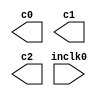
// megafunction wizard: %ALTPLL%VBB%
// GENERATION: STANDARD
// VERSION: WM1.0
// MODULE: altpll 

// ============================================================
// Megafunction Name(s):
// 			altpll
//
// Simulation Library Files(s):
// 			altera_mf
// ============================================================
// ************************************************************
// THIS IS A WIZARD-GENERATED FILE. DO NOT EDIT THIS FILE!
//
// 13.0.1 Build 232 06/12/2013 SP 1 SJ Web Edition
// ************************************************************

//Copyright (C) 1991-2013 Altera Corporation
//Your use of Altera Corporation's design tools, logic functions 
//and other software and tools, and its AMPP partner logic 
//functions, and any output files from any of the foregoing 
//(including device programming or simulation files), and any 
//associated documentation or information are expressly subject 
//to the terms and conditions of the Altera Program License 
//Subscription Agreement, Altera MegaCore Function License 
//Agreement, or other applicable license agreement, including, 
//without limitation, that your use is for the sole purpose of 
//programming logic devices manufactured by Altera and sold by 
//Altera or its authorized distributors.  Please refer to the 
//applicable agreement for further details.

module altpll_masterclk (
	inclk0,
	c0,
	c1,
	c2);

	input	  inclk0;
	output	  c0;
	output	  c1;
	output	  c2;

endmodule

// ============================================================
// CNX file retrieval info
// ============================================================
// Retrieval info: PRIVATE: ACTIVECLK_CHECK STRING "0"
// Retrieval info: PRIVATE: BANDWIDTH STRING "1.000"
// Retrieval info: PRIVATE: BANDWIDTH_FEATURE_ENABLED STRING "0"
// Retrieval info: PRIVATE: BANDWIDTH_FREQ_UNIT STRING "MHz"
// Retrieval info: PRIVATE: BANDWIDTH_PRESET STRING "Low"
// Retrieval info: PRIVATE: BANDWIDTH_USE_AUTO STRING "1"
// Retrieval info: PRIVATE: BANDWIDTH_USE_CUSTOM STRING "0"
// Retrieval info: PRIVATE: BANDWIDTH_USE_PRESET STRING "0"
// Retrieval info: PRIVATE: CLKBAD_SWITCHOVER_CHECK STRING "0"
// Retrieval info: PRIVATE: CLKLOSS_CHECK STRING "0"
// Retrieval info: PRIVATE: CLKSWITCH_CHECK STRING "1"
// Retrieval info: PRIVATE: CNX_NO_COMPENSATE_RADIO STRING "0"
// Retrieval info: PRIVATE: CREATE_CLKBAD_CHECK STRING "0"
// Retrieval info: PRIVATE: CREATE_INCLK1_CHECK STRING "0"
// Retrieval info: PRIVATE: CUR_DEDICATED_CLK STRING "c0"
// Retrieval info: PRIVATE: CUR_FBIN_CLK STRING "c0"
// Retrieval info: PRIVATE: DEVICE_SPEED_GRADE STRING "Any"
// Retrieval info: PRIVATE: DIV_FACTOR0 NUMERIC "1"
// Retrieval info: PRIVATE: DIV_FACTOR1 NUMERIC "1"
// Retrieval info: PRIVATE: DIV_FACTOR2 NUMERIC "1"
// Retrieval info: PRIVATE: DUTY_CYCLE0 STRING "50.00000000"
// Retrieval info: PRIVATE: DUTY_CYCLE1 STRING "50.00000000"
// Retrieval info: PRIVATE: DUTY_CYCLE2 STRING "50.00000000"
// Retrieval info: PRIVATE: EFF_OUTPUT_FREQ_VALUE0 STRING "27.000000"
// Retrieval info: PRIVATE: EFF_OUTPUT_FREQ_VALUE1 STRING "135.000000"
// Retrieval info: PRIVATE: EFF_OUTPUT_FREQ_VALUE2 STRING "135.000000"
// Retrieval info: PRIVATE: EXPLICIT_SWITCHOVER_COUNTER STRING "0"
// Retrieval info: PRIVATE: EXT_FEEDBACK_RADIO STRING "0"
// Retrieval info: PRIVATE: GLOCKED_COUNTER_EDIT_CHANGED STRING "1"
// Retrieval info: PRIVATE: GLOCKED_FEATURE_ENABLED STRING "1"
// Retrieval info: PRIVATE: GLOCKED_MODE_CHECK STRING "0"
// Retrieval info: PRIVATE: GLOCK_COUNTER_EDIT NUMERIC "1048575"
// Retrieval info: PRIVATE: HAS_MANUAL_SWITCHOVER STRING "1"
// Retrieval info: PRIVATE: INCLK0_FREQ_EDIT STRING "50.000"
// Retrieval info: PRIVATE: INCLK0_FREQ_UNIT_COMBO STRING "MHz"
// Retrieval info: PRIVATE: INCLK1_FREQ_EDIT STRING "100.000"
// Retrieval info: PRIVATE: INCLK1_FREQ_EDIT_CHANGED STRING "1"
// Retrieval info: PRIVATE: INCLK1_FREQ_UNIT_CHANGED STRING "1"
// Retrieval info: PRIVATE: INCLK1_FREQ_UNIT_COMBO STRING "MHz"
// Retrieval info: PRIVATE: INTENDED_DEVICE_FAMILY STRING "Cyclone II"
// Retrieval info: PRIVATE: INT_FEEDBACK__MODE_RADIO STRING "1"
// Retrieval info: PRIVATE: LOCKED_OUTPUT_CHECK STRING "0"
// Retrieval info: PRIVATE: LONG_SCAN_RADIO STRING "1"
// Retrieval info: PRIVATE: LVDS_MODE_DATA_RATE STRING "Not Available"
// Retrieval info: PRIVATE: LVDS_MODE_DATA_RATE_DIRTY NUMERIC "0"
// Retrieval info: PRIVATE: LVDS_PHASE_SHIFT_UNIT0 STRING "deg"
// Retrieval info: PRIVATE: LVDS_PHASE_SHIFT_UNIT1 STRING "ps"
// Retrieval info: PRIVATE: LVDS_PHASE_SHIFT_UNIT2 STRING "ps"
// Retrieval info: PRIVATE: MIG_DEVICE_SPEED_GRADE STRING "Any"
// Retrieval info: PRIVATE: MIRROR_CLK0 STRING "0"
// Retrieval info: PRIVATE: MIRROR_CLK1 STRING "0"
// Retrieval info: PRIVATE: MIRROR_CLK2 STRING "0"
// Retrieval info: PRIVATE: MULT_FACTOR0 NUMERIC "1"
// Retrieval info: PRIVATE: MULT_FACTOR1 NUMERIC "1"
// Retrieval info: PRIVATE: MULT_FACTOR2 NUMERIC "1"
// Retrieval info: PRIVATE: NORMAL_MODE_RADIO STRING "1"
// Retrieval info: PRIVATE: OUTPUT_FREQ0 STRING "27.00000000"
// Retrieval info: PRIVATE: OUTPUT_FREQ1 STRING "135.00000000"
// Retrieval info: PRIVATE: OUTPUT_FREQ2 STRING "135.00000000"
// Retrieval info: PRIVATE: OUTPUT_FREQ_MODE0 STRING "1"
// Retrieval info: PRIVATE: OUTPUT_FREQ_MODE1 STRING "1"
// Retrieval info: PRIVATE: OUTPUT_FREQ_MODE2 STRING "1"
// Retrieval info: PRIVATE: OUTPUT_FREQ_UNIT0 STRING "MHz"
// Retrieval info: PRIVATE: OUTPUT_FREQ_UNIT1 STRING "MHz"
// Retrieval info: PRIVATE: OUTPUT_FREQ_UNIT2 STRING "MHz"
// Retrieval info: PRIVATE: PHASE_RECONFIG_FEATURE_ENABLED STRING "0"
// Retrieval info: PRIVATE: PHASE_RECONFIG_INPUTS_CHECK STRING "0"
// Retrieval info: PRIVATE: PHASE_SHIFT0 STRING "0.00000000"
// Retrieval info: PRIVATE: PHASE_SHIFT1 STRING "0.00000000"
// Retrieval info: PRIVATE: PHASE_SHIFT2 STRING "90.00000000"
// Retrieval info: PRIVATE: PHASE_SHIFT_STEP_ENABLED_CHECK STRING "0"
// Retrieval info: PRIVATE: PHASE_SHIFT_UNIT0 STRING "deg"
// Retrieval info: PRIVATE: PHASE_SHIFT_UNIT1 STRING "deg"
// Retrieval info: PRIVATE: PHASE_SHIFT_UNIT2 STRING "deg"
// Retrieval info: PRIVATE: PLL_ADVANCED_PARAM_CHECK STRING "0"
// Retrieval info: PRIVATE: PLL_ARESET_CHECK STRING "0"
// Retrieval info: PRIVATE: PLL_AUTOPLL_CHECK NUMERIC "1"
// Retrieval info: PRIVATE: PLL_ENA_CHECK STRING "0"
// Retrieval info: PRIVATE: PLL_ENHPLL_CHECK NUMERIC "0"
// Retrieval info: PRIVATE: PLL_FASTPLL_CHECK NUMERIC "0"
// Retrieval info: PRIVATE: PLL_FBMIMIC_CHECK STRING "0"
// Retrieval info: PRIVATE: PLL_LVDS_PLL_CHECK NUMERIC "0"
// Retrieval info: PRIVATE: PLL_PFDENA_CHECK STRING "0"
// Retrieval info: PRIVATE: PLL_TARGET_HARCOPY_CHECK NUMERIC "0"
// Retrieval info: PRIVATE: PRIMARY_CLK_COMBO STRING "inclk0"
// Retrieval info: PRIVATE: RECONFIG_FILE STRING "altpll_masterclk.mif"
// Retrieval info: PRIVATE: SACN_INPUTS_CHECK STRING "0"
// Retrieval info: PRIVATE: SCAN_FEATURE_ENABLED STRING "0"
// Retrieval info: PRIVATE: SELF_RESET_LOCK_LOSS STRING "0"
// Retrieval info: PRIVATE: SHORT_SCAN_RADIO STRING "0"
// Retrieval info: PRIVATE: SPREAD_FEATURE_ENABLED STRING "0"
// Retrieval info: PRIVATE: SPREAD_FREQ STRING "50.000"
// Retrieval info: PRIVATE: SPREAD_FREQ_UNIT STRING "KHz"
// Retrieval info: PRIVATE: SPREAD_PERCENT STRING "0.500"
// Retrieval info: PRIVATE: SPREAD_USE STRING "0"
// Retrieval info: PRIVATE: SRC_SYNCH_COMP_RADIO STRING "0"
// Retrieval info: PRIVATE: STICKY_CLK0 STRING "1"
// Retrieval info: PRIVATE: STICKY_CLK1 STRING "1"
// Retrieval info: PRIVATE: STICKY_CLK2 STRING "1"
// Retrieval info: PRIVATE: SWITCHOVER_COUNT_EDIT NUMERIC "1"
// Retrieval info: PRIVATE: SWITCHOVER_FEATURE_ENABLED STRING "1"
// Retrieval info: PRIVATE: SYNTH_WRAPPER_GEN_POSTFIX STRING "0"
// Retrieval info: PRIVATE: USE_CLK0 STRING "1"
// Retrieval info: PRIVATE: USE_CLK1 STRING "1"
// Retrieval info: PRIVATE: USE_CLK2 STRING "1"
// Retrieval info: PRIVATE: USE_CLKENA0 STRING "0"
// Retrieval info: PRIVATE: USE_CLKENA1 STRING "0"
// Retrieval info: PRIVATE: USE_CLKENA2 STRING "0"
// Retrieval info: PRIVATE: USE_MIL_SPEED_GRADE NUMERIC "0"
// Retrieval info: PRIVATE: ZERO_DELAY_RADIO STRING "0"
// Retrieval info: LIBRARY: altera_mf altera_mf.altera_mf_components.all
// Retrieval info: CONSTANT: CLK0_DIVIDE_BY NUMERIC "50"
// Retrieval info: CONSTANT: CLK0_DUTY_CYCLE NUMERIC "50"
// Retrieval info: CONSTANT: CLK0_MULTIPLY_BY NUMERIC "27"
// Retrieval info: CONSTANT: CLK0_PHASE_SHIFT STRING "0"
// Retrieval info: CONSTANT: CLK1_DIVIDE_BY NUMERIC "10"
// Retrieval info: CONSTANT: CLK1_DUTY_CYCLE NUMERIC "50"
// Retrieval info: CONSTANT: CLK1_MULTIPLY_BY NUMERIC "27"
// Retrieval info: CONSTANT: CLK1_PHASE_SHIFT STRING "0"
// Retrieval info: CONSTANT: CLK2_DIVIDE_BY NUMERIC "10"
// Retrieval info: CONSTANT: CLK2_DUTY_CYCLE NUMERIC "50"
// Retrieval info: CONSTANT: CLK2_MULTIPLY_BY NUMERIC "27"
// Retrieval info: CONSTANT: CLK2_PHASE_SHIFT STRING "1852"
// Retrieval info: CONSTANT: COMPENSATE_CLOCK STRING "CLK0"
// Retrieval info: CONSTANT: INCLK0_INPUT_FREQUENCY NUMERIC "20000"
// Retrieval info: CONSTANT: INTENDED_DEVICE_FAMILY STRING "Cyclone II"
// Retrieval info: CONSTANT: LPM_TYPE STRING "altpll"
// Retrieval info: CONSTANT: OPERATION_MODE STRING "NORMAL"
// Retrieval info: CONSTANT: PORT_ACTIVECLOCK STRING "PORT_UNUSED"
// Retrieval info: CONSTANT: PORT_ARESET STRING "PORT_UNUSED"
// Retrieval info: CONSTANT: PORT_CLKBAD0 STRING "PORT_UNUSED"
// Retrieval info: CONSTANT: PORT_CLKBAD1 STRING "PORT_UNUSED"
// Retrieval info: CONSTANT: PORT_CLKLOSS STRING "PORT_UNUSED"
// Retrieval info: CONSTANT: PORT_CLKSWITCH STRING "PORT_UNUSED"
// Retrieval info: CONSTANT: PORT_CONFIGUPDATE STRING "PORT_UNUSED"
// Retrieval info: CONSTANT: PORT_FBIN STRING "PORT_UNUSED"
// Retrieval info: CONSTANT: PORT_INCLK0 STRING "PORT_USED"
// Retrieval info: CONSTANT: PORT_INCLK1 STRING "PORT_UNUSED"
// Retrieval info: CONSTANT: PORT_LOCKED STRING "PORT_UNUSED"
// Retrieval info: CONSTANT: PORT_PFDENA STRING "PORT_UNUSED"
// Retrieval info: CONSTANT: PORT_PHASECOUNTERSELECT STRING "PORT_UNUSED"
// Retrieval info: CONSTANT: PORT_PHASEDONE STRING "PORT_UNUSED"
// Retrieval info: CONSTANT: PORT_PHASESTEP STRING "PORT_UNUSED"
// Retrieval info: CONSTANT: PORT_PHASEUPDOWN STRING "PORT_UNUSED"
// Retrieval info: CONSTANT: PORT_PLLENA STRING "PORT_UNUSED"
// Retrieval info: CONSTANT: PORT_SCANACLR STRING "PORT_UNUSED"
// Retrieval info: CONSTANT: PORT_SCANCLK STRING "PORT_UNUSED"
// Retrieval info: CONSTANT: PORT_SCANCLKENA STRING "PORT_UNUSED"
// Retrieval info: CONSTANT: PORT_SCANDATA STRING "PORT_UNUSED"
// Retrieval info: CONSTANT: PORT_SCANDATAOUT STRING "PORT_UNUSED"
// Retrieval info: CONSTANT: PORT_SCANDONE STRING "PORT_UNUSED"
// Retrieval info: CONSTANT: PORT_SCANREAD STRING "PORT_UNUSED"
// Retrieval info: CONSTANT: PORT_SCANWRITE STRING "PORT_UNUSED"
// Retrieval info: CONSTANT: PORT_clk0 STRING "PORT_USED"
// Retrieval info: CONSTANT: PORT_clk1 STRING "PORT_USED"
// Retrieval info: CONSTANT: PORT_clk2 STRING "PORT_USED"
// Retrieval info: CONSTANT: PORT_clk3 STRING "PORT_UNUSED"
// Retrieval info: CONSTANT: PORT_clk4 STRING "PORT_UNUSED"
// Retrieval info: CONSTANT: PORT_clk5 STRING "PORT_UNUSED"
// Retrieval info: CONSTANT: PORT_clkena0 STRING "PORT_UNUSED"
// Retrieval info: CONSTANT: PORT_clkena1 STRING "PORT_UNUSED"
// Retrieval info: CONSTANT: PORT_clkena2 STRING "PORT_UNUSED"
// Retrieval info: CONSTANT: PORT_clkena3 STRING "PORT_UNUSED"
// Retrieval info: CONSTANT: PORT_clkena4 STRING "PORT_UNUSED"
// Retrieval info: CONSTANT: PORT_clkena5 STRING "PORT_UNUSED"
// Retrieval info: CONSTANT: PORT_extclk0 STRING "PORT_UNUSED"
// Retrieval info: CONSTANT: PORT_extclk1 STRING "PORT_UNUSED"
// Retrieval info: CONSTANT: PORT_extclk2 STRING "PORT_UNUSED"
// Retrieval info: CONSTANT: PORT_extclk3 STRING "PORT_UNUSED"
// Retrieval info: USED_PORT: @clk 0 0 6 0 OUTPUT_CLK_EXT VCC "@clk[5..0]"
// Retrieval info: USED_PORT: @extclk 0 0 4 0 OUTPUT_CLK_EXT VCC "@extclk[3..0]"
// Retrieval info: USED_PORT: c0 0 0 0 0 OUTPUT_CLK_EXT VCC "c0"
// Retrieval info: USED_PORT: c1 0 0 0 0 OUTPUT_CLK_EXT VCC "c1"
// Retrieval info: USED_PORT: c2 0 0 0 0 OUTPUT_CLK_EXT VCC "c2"
// Retrieval info: USED_PORT: inclk0 0 0 0 0 INPUT_CLK_EXT GND "inclk0"
// Retrieval info: CONNECT: @inclk 0 0 1 1 GND 0 0 0 0
// Retrieval info: CONNECT: @inclk 0 0 1 0 inclk0 0 0 0 0
// Retrieval info: CONNECT: c0 0 0 0 0 @clk 0 0 1 0
// Retrieval info: CONNECT: c1 0 0 0 0 @clk 0 0 1 1
// Retrieval info: CONNECT: c2 0 0 0 0 @clk 0 0 1 2
// Retrieval info: GEN_FILE: TYPE_NORMAL altpll_masterclk.v TRUE
// Retrieval info: GEN_FILE: TYPE_NORMAL altpll_masterclk.ppf TRUE
// Retrieval info: GEN_FILE: TYPE_NORMAL altpll_masterclk.inc FALSE
// Retrieval info: GEN_FILE: TYPE_NORMAL altpll_masterclk.cmp FALSE
// Retrieval info: GEN_FILE: TYPE_NORMAL altpll_masterclk.bsf TRUE
// Retrieval info: GEN_FILE: TYPE_NORMAL altpll_masterclk_inst.v FALSE
// Retrieval info: GEN_FILE: TYPE_NORMAL altpll_masterclk_bb.v TRUE
// Retrieval info: LIB_FILE: altera_mf
// Retrieval info: CBX_MODULE_PREFIX: ON